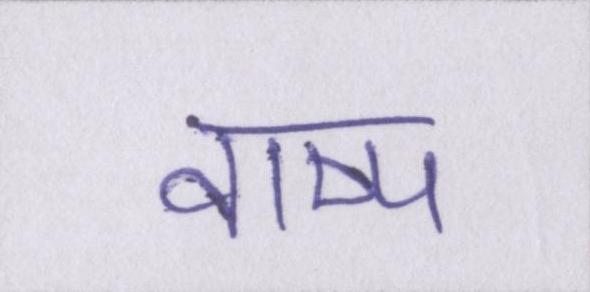
वाष्प